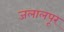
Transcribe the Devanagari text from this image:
जलालपूर